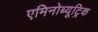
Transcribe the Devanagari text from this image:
एमिनोब्यूट्रिक